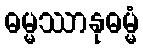
ဓမ္မဿာနုဓမ္မံ